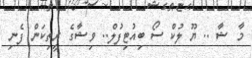
މާ ޝާ .. ޔޫ ލުކް ސޯ ބިއުޓިފުލް.. ވިޝާގެ ރީތިކަން ފެނި